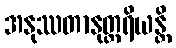
အနုဿတာနုတ္တရိယန္တိ